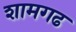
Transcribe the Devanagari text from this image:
शामगढ